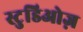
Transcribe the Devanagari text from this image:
स्टुडिओज़